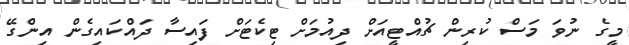
މީގެ ނުވަ މަސް ކުރިން ޗުއްޓީއަށް ދިއުމަށް ޓިކެޓަށް ފައިސާ ދައްކައިގެން އިންގޭ